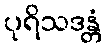
ပုရိသဒန္တံ